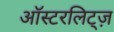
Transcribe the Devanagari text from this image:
ऑस्टरलिट्ज़